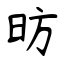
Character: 昉